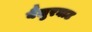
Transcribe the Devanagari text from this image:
बैलुरघाट